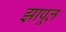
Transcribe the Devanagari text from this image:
झापूल